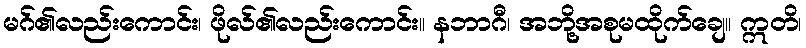
မဂ်၏လည်းကောင်း၊ ဖိုလ်၏လည်းကောင်း။ နဘာဂီ၊ အဘို့အစုမထိုက်ချေ။ ဣတိ၊